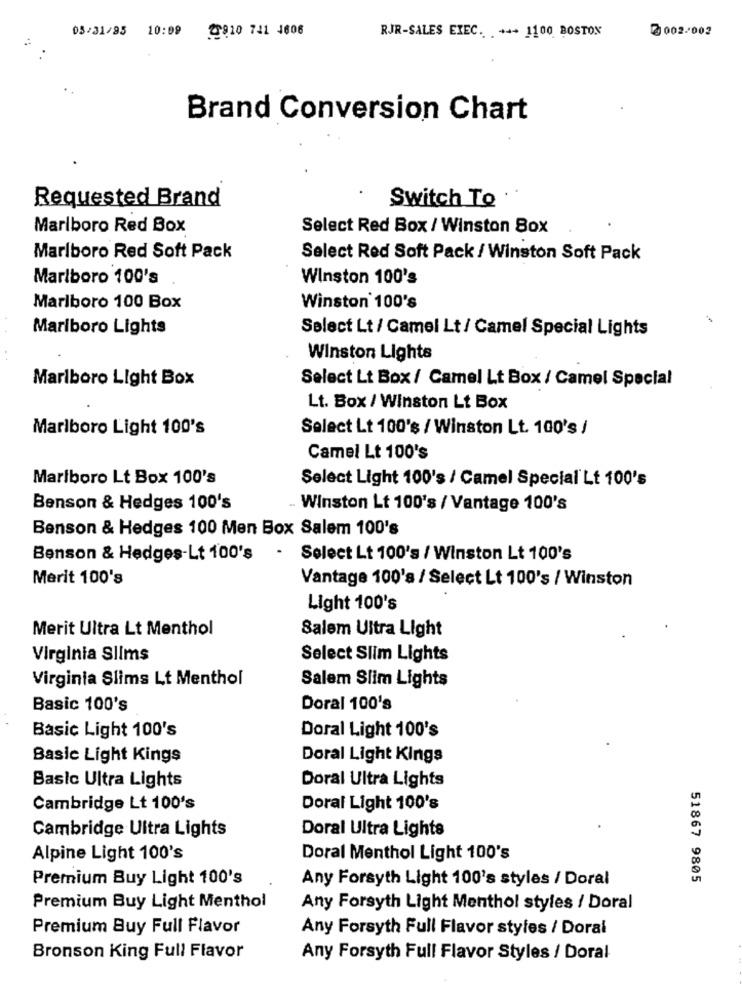
05/31/83 10:09 2910 721 4606
0002-002
RJR-SALES EXEC. +++ 1100 BOSTON
Brand Conversion Chart
Requested Brand
Switch To .
Marlboro Red Box
Select Red Box / Winston Box
Marlboro Red Soft Pack
Select Red Soft Pack / Winston Soft Pack
Marlboro 100's
Winston 100's
Marlboro 100 Box
Winston 100's
Marlboro Lights
Select Lt / Camel Lt / Camel Special Lights
Winston Lights
Marlboro Light Box
Select Lt Box / Camel Lt Box / Camel Special
Lt. Box / Winston Lt Box
Marlboro Light 100's
Select Lt 100's / Winston Lt. 100's /
Camel Lt 100's
Marlboro Lt Box 100's
Select Light 100's / Camel Special Lt 100's
Benson & Hedges 100's
Winston Lt 100's / Vantage 100's
Benson & Hedges 100 Men Box Salem 100's
Benson & Hedges-Lt 100's - Select Lt 100's / Winston Lt 100's
Merit 100's
Vantage 100's / Select Lt 100's / Winston
Light 100's
Merit Ultra Lt Menthol
Salem Ultra Light
Virginia Slims
Select Slim Lights
Virginia Slims Lt Menthol
Salem Slim Lights
Basic 100's
Doral 100's
Basic Light 100's
Doral Light 100's
Basic Light Kings
Doral Light Kings
Basic Ultra Lights
Doral Ultra Lights
Cambridge Lt 100's
Doral Light 100's
Cambridge Ultra Lights
Doral Ultra Lights
Alpine Light 100's
Doral Menthol Light 100's
Premium Buy Light 100's
Any Forsyth Light 100's styles / Doral
51867 9805
Premium Buy Light Menthol
Any Forsyth Light Menthol styles / Doral
Premium Buy Full Flavor
Any Forsyth Full Flavor styles / Doral
Bronson King Full Flavor
Any Forsyth Full Flavor Styles / Doral